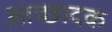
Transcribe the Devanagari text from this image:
आच्छादक